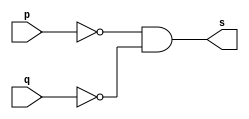
//Exercicio0005 - nor
//Nome:Fernando Silva
//--------------------
//--------------------
//--norgate
//--------------------
module norgate(output [0:3]s,input [0:3] p,input [0:3] q);
assign s=((~(p))&(~(q)));
endmodule //nor
//--------------------
//--test norgate
//--------------------
module testenorgate;
//--------------------dados locais
reg [0:3] a ,b;//define registrador
wire [0:3]s;//define conexao(fio)
//--------------------instancia
norgate NOR1(s,a,b);
//--------------------preparaao
initial begin:start
a=4'b0001;//4 valores binarios
b=4'b0101;//4 valores binarios
end
//---------------------parte principal
initial begin:main
$display("Exercicio0005- Fernando Silva  - 414506");
$display("Test nor gate");
$display("\n a | b = s\n");
$monitor("%b | %b = %b",a,b,s);
#1 a=0;b=0; //valores decimais
#1 a=4'b0010;b=4'b0001; //valores binarios
#1 a=4'd1;b=3; //decimal e decimal
#1 a=4'o5;b=2; //octal e decimal
#1 a=4'hA; b=3; //hexadecimal e decimal
#1 a=4'h9;b=4'o3; //hexadecimal e octal
end
endmodule //test norgate